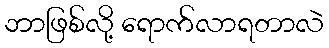
ဘာဖြစ်လို့ ရောက်လာရတာလဲ